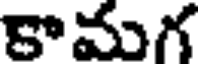
కామగ